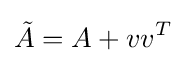
{\tilde {A}}=A+vv^{T}